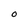
Character: O